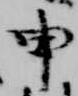
申